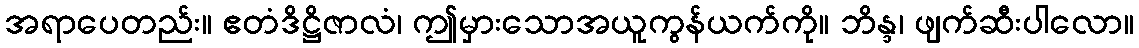
အရာပေတည်း။ ဧတံဒိဋ္ဌိဇာလံ၊ ဤမှားသောအယူကွန်ယက်ကို။ ဘိန္ဒ၊ ဖျက်ဆီးပါလော။